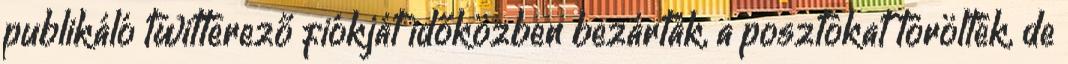
publikáló twitterező fiókját időközben bezárták, a posztokat törölték, de